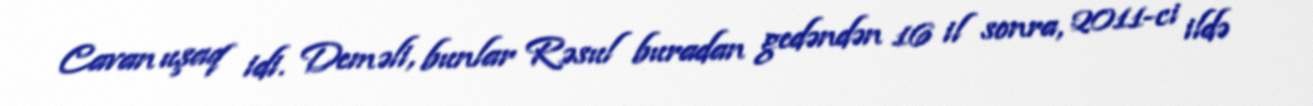
Cavan uşaq idi. Deməli, bunlar Rəsul buradan gedəndən 16 il sonra, 2011-ci ildə